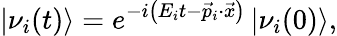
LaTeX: \left|\nu_{i}(t)\right\rangle=e^{-i\left(E_{i}t-{\vec{p}}_{i}\cdot{\vec{x}}\right)}\left|\nu_{i}(0)\right\rangle,